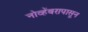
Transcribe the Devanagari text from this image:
नोव्हेंबरापासून